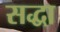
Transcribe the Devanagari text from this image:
सद्धा